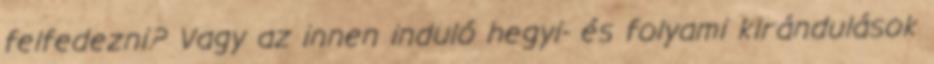
felfedezni? Vagy az innen induló hegyi- és folyami kirándulások